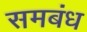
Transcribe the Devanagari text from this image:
समबंध